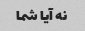
نه آیا شما